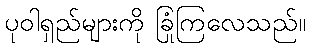
ပုဝါရှည်များကို ခြုံကြလေသည်။